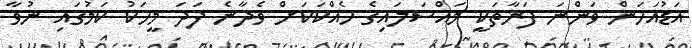
އަޑުއަހަން ވަންނަ ފަރާތަކީ މައްސަލައިގެ ހެއްކަކަށް ވެދާނެ ފަދަ މީހަކު ކަމުގައި ނުވާ